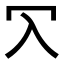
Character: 𠕳